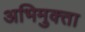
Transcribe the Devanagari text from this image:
अभिमुक्‍ता